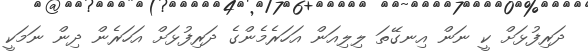
ދަރިފުޅަށް ކީ ނަން އިނގޭތަ ލިލިއަން އަހަރެމެންގެ ދަރިފުޅަށް އަހަރެން ދިން ނަމަކީ